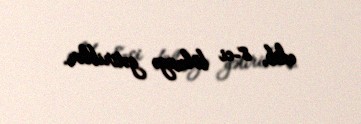
edib, 8-ci bölməyə gətiriblər.